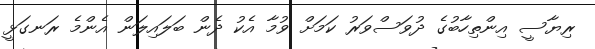
ރިޔާސީ އިންތިހާބުގެ ދުވަސްވަރު ކަމަށް ވުމާ އެކު ދެން ބަލައިލަން އެންމެ ރަނގަޅީ